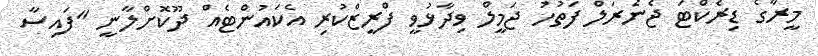
މީރާގެ ޑިރެކްޓަ ޖެނެރަލް ފަތުހު ޖަމީލް ވިދާޅުވީ ފްރީޒްކުރި އެކައުންޓެއް ދޫކޮށްލާނީ "ފައިސާ